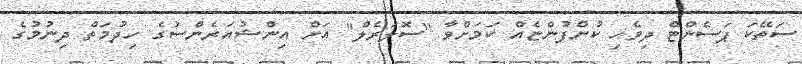
ސަތޭކަ ޕަސެންޓް ދިވެހި ކުންފުންޏެއް ކަމަށްވާ "ސޮލަރެލް" އަށް އިންޝުއަރެންސުގެ ހިދުމަތް ދިނުމުގެ